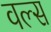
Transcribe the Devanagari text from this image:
वल्स